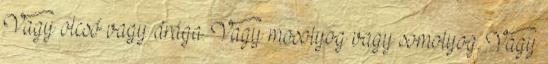
Vagy olcsó vagy drága. Vagy mosolyog vagy somolyog. Vagy